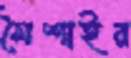
মৈশাইর